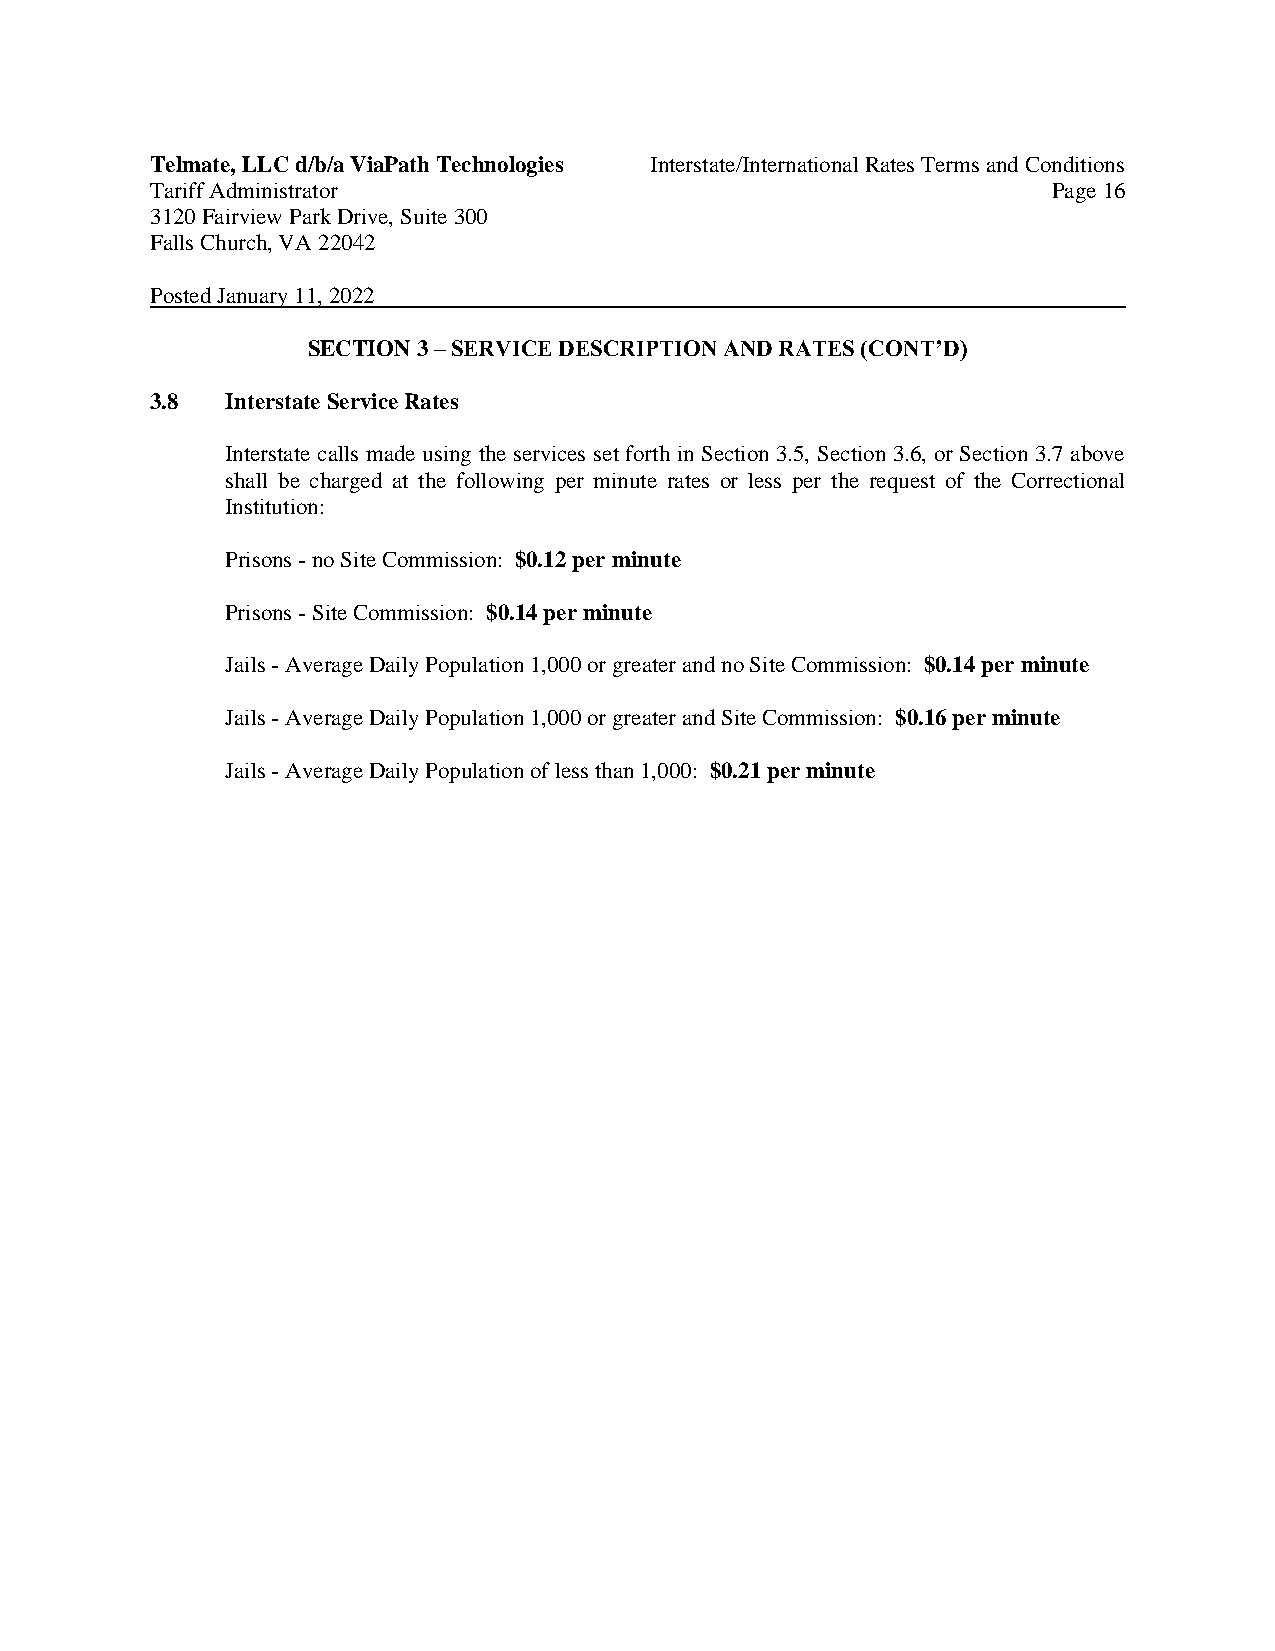
Telmate, LLC d/b/a ViaPath Technologies Interstate/International Rates Terms and Conditions
 Tariff Administrator                                        Page 16
 3120 Fairview Park Drive, Suite 300
 Falls Church, VA 22042
 Posted January 11, 2022
 SECTION 3 – SERVICE DESCRIPTION AND RATES (CONT’D)
 3.8  Interstate Service Rates
 Interstate calls made using the services set forth in Section 3.5, Section 3.6, or Section 3.7 above
 shall be charged at the following per minute rates or less per the request of the Correctional
 Institution:
 Prisons - no Site Commission: $0.12 per minute
 Prisons - Site Commission: $0.14 per minute
 Jails - Average Daily Population 1,000 or greater and no Site Commission: $0.14 per minute
 Jails - Average Daily Population 1,000 or greater and Site Commission: $0.16 per minute
 Jails - Average Daily Population of less than 1,000: $0.21 per minute